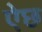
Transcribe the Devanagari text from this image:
ऐछ